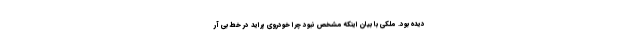
دیده بود. ملکی با بیان اینکه مشخص نبود چرا خودروی پراید در خط بی آر